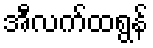
အီလက်ထရွန်